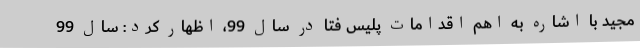
مجید با اشاره به اهم اقدامات پلیس فتا در سال 99، اظهار کرد: سال 99